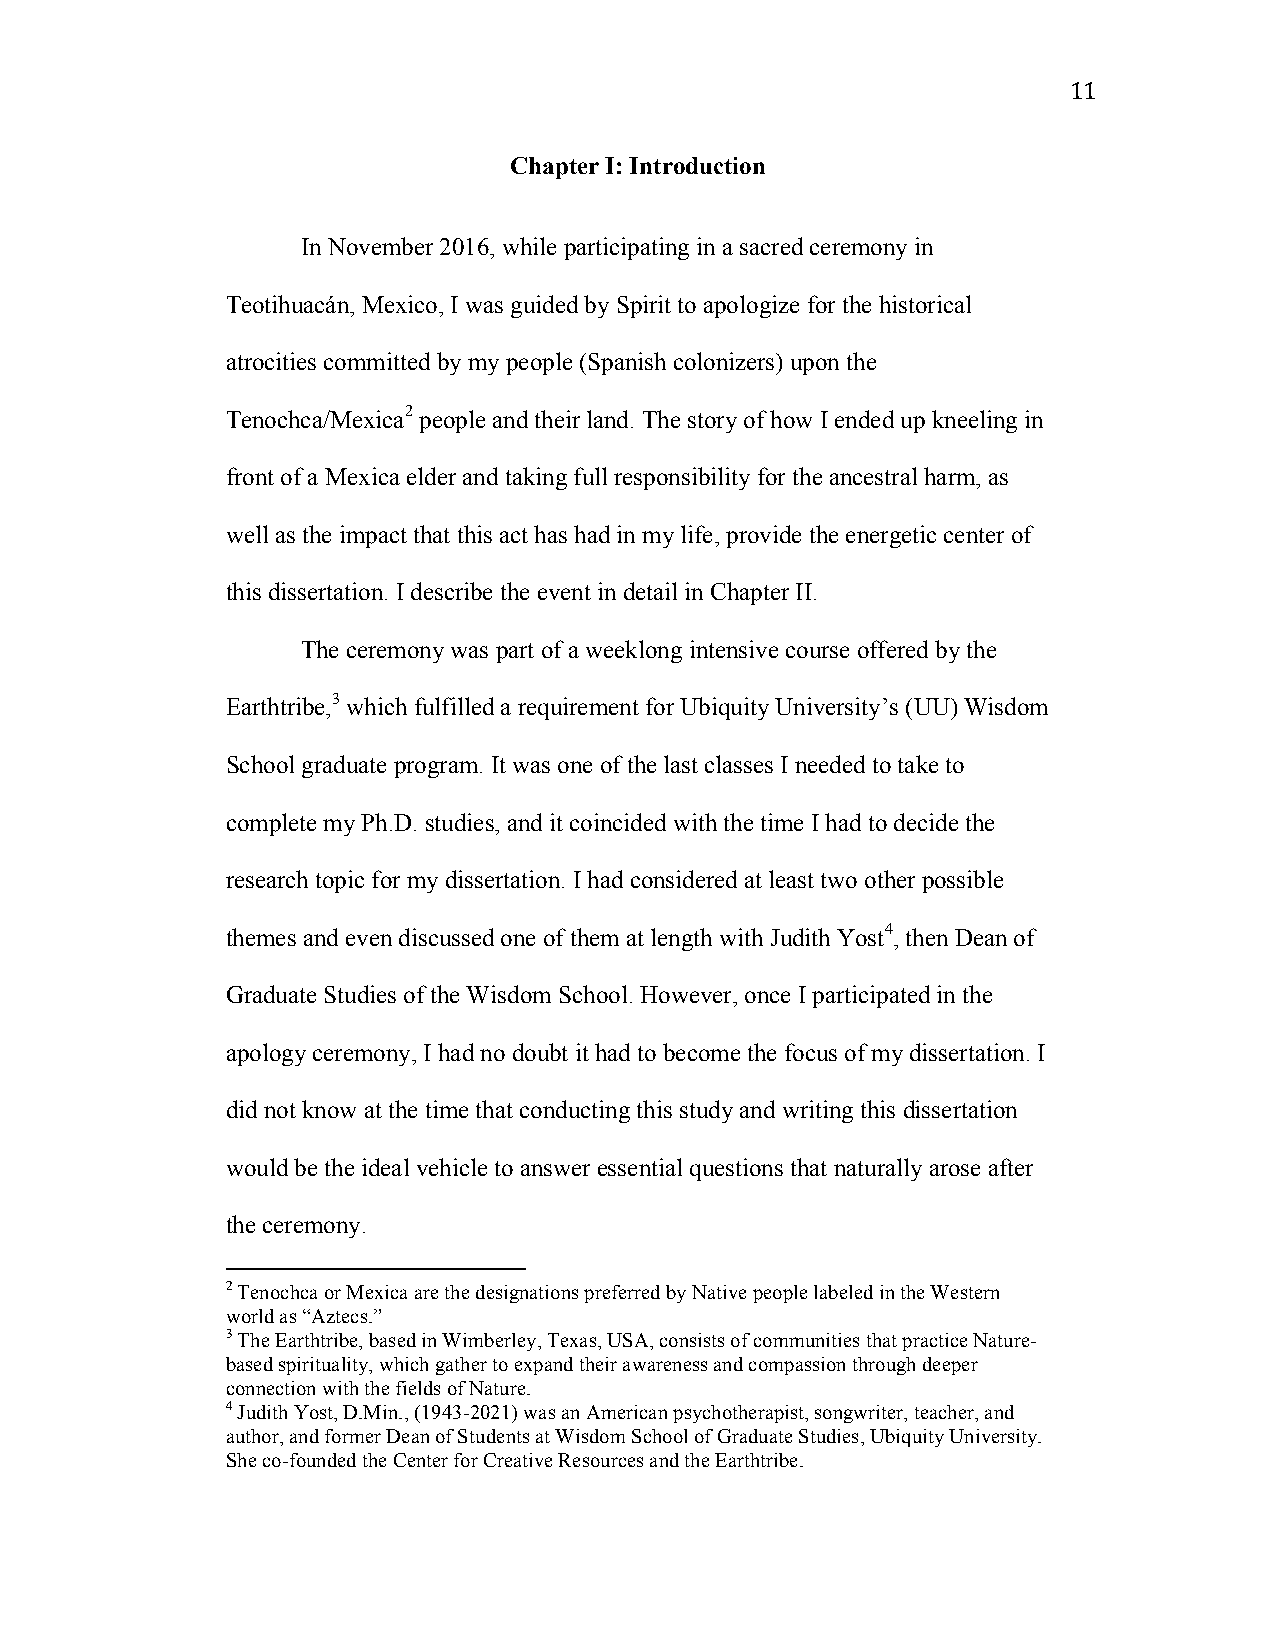
11
 Chapter I: Introduction
 In November 2016, while participating in a sacred ceremony in
 Teotihuacán, Mexico, I was guided by Spirit to apologize for the historical
 atrocities committed by my people (Spanish colonizers) upon the
 Tenochca/Mexica2 people and their land. The story of how I ended up kneeling in
 front of a Mexica elder and taking full responsibility for the ancestral harm, as
 well as the impact that this act has had in my life, provide the energetic center of
 this dissertation. I describe the event in detail in Chapter II.
 The ceremony was part of a weeklong intensive course offered by the
 Earthtribe,3 which fulfilled a requirement for Ubiquity University’s (UU) Wisdom
 School graduate program. It was one of the last classes I needed to take to
 complete my Ph.D. studies, and it coincided with the time I had to decide the
 research topic for my dissertation. I had considered at least two other possible
 themes and even discussed one of them at length with Judith Yost4, then Dean of
 Graduate Studies of the Wisdom School. However, once I participated in the
 apology ceremony, I had no doubt it had to become the focus of my dissertation. I
 did not know at the time that conducting this study and writing this dissertation
 would be the ideal vehicle to answer essential questions that naturally arose after
 the ceremony.
 2 Tenochca or Mexica are the designations preferred by Native people labeled in the Western
 world as “Aztecs.”
 3 The Earthtribe, based in Wimberley, Texas, USA, consists of communities that practice Nature-
 based spirituality, which gather to expand their awareness and compassion through deeper
 connection with the fields of Nature.
 4 Judith Yost, D.Min., (1943-2021) was an American psychotherapist, songwriter, teacher, and
 author, and former Dean of Students at Wisdom School of Graduate Studies, Ubiquity University.
 She co-founded the Center for Creative Resources and the Earthtribe.